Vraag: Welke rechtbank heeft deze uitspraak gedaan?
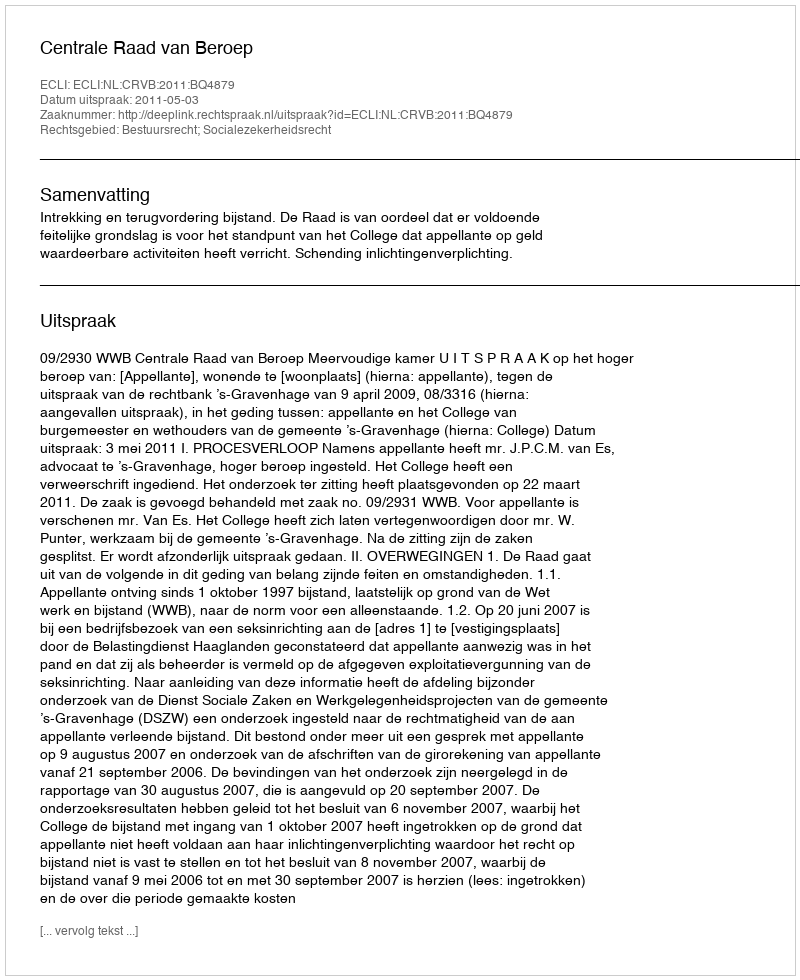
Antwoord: Centrale Raad van Beroep